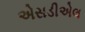
એસડીએલ